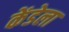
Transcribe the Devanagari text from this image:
केंडेला